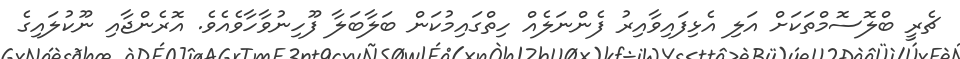
ޗެރީ ބްލޮސޮމްތަކަށް އަލި އެޅިފައިވާއިރު ފެންނަލެއް ހިތްގައިމުކަން ބަލާބަލާ ފޫހިނުވާހާވެއެވެ. އޮރެންޖާއި ނޫކުލައިގެ